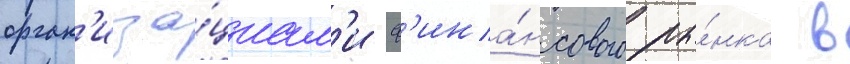
орган'иза́циам'и ф'ина́нсового ры́нка в